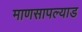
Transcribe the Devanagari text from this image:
माणसापल्याड